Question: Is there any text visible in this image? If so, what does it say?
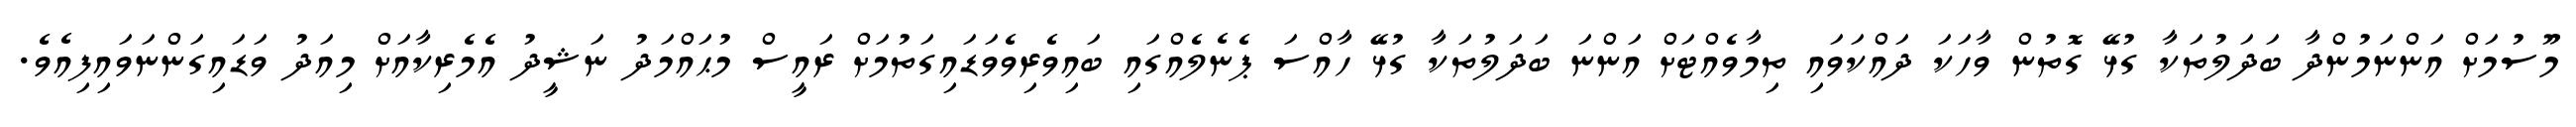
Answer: މޫސުމަށް އަންނަމުންދާ ބަދަލުތަކާ ގުޅޭ ގޮތުން ވާހަކަ ދައްކަވައި ތިމާވެއްޓަށް އަންނަ ބަދަލުތަކާ ގުޅޭ ހާއްސަ ޕެނެލެއްގައި ބައިވެރިވެވަޑައިގަތުމަށް ރައީސް މުޙައްމަދު ނަޝީދު އެމެރިކާއަށް މިއަދު ވަޑައިގަންނަވައިފިއެވެ.